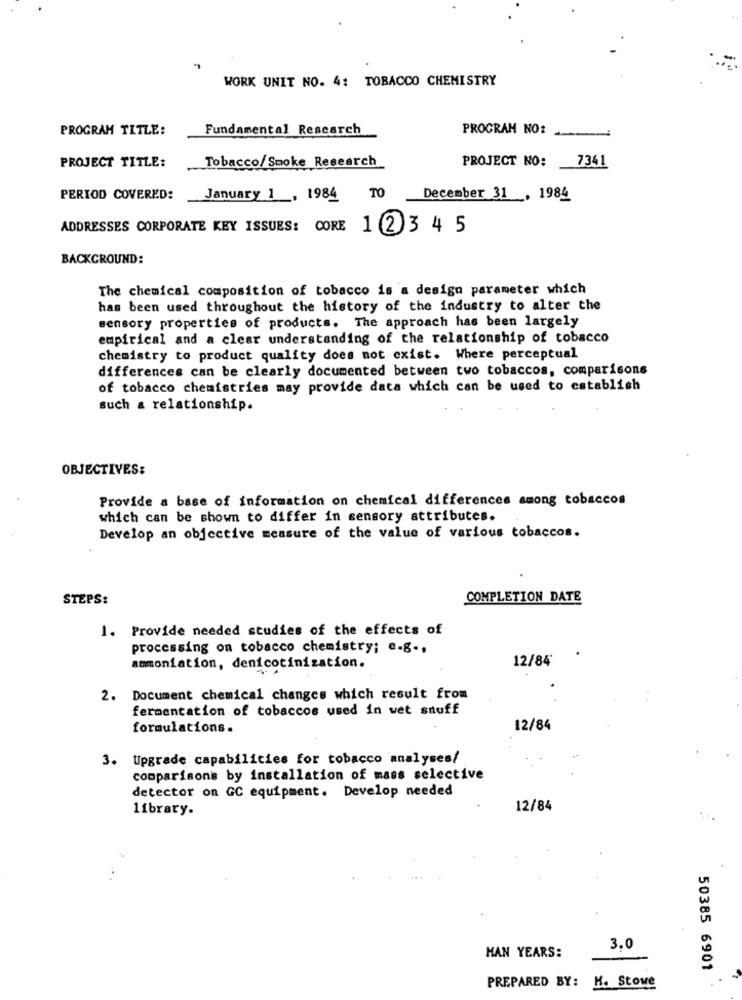
WORK UNIT NO. 4: TOBACCO CHEMISTRY
PROGRAM TITLE:
Fundamental Research
PROGRAM NO:
--
Tobacco/Smoke Research
PROJECT NO:
7341
PROJECT TITLE:
PERIOD COVERED:
January 1 , 1984
TO
December 31 , 1984
ADDRESSES CORPORATE KEY ISSUES: CORE 1 2 3 4 5
BACKGROUND:
The chemical composition of tobacco is a design parameter which
has been used throughout the history of the industry to alter the
sensory properties of products. The approach has been largely
empirical and a clear understanding of the relationship of tobacco
chemistry to product quality does not exist. Where perceptual
differences can be clearly documented between two tobaccos, comparisons
of tobacco chemistries may provide data which can be used to establish
such a relationship.
OBJECTIVES:
Provide a base of information on chemical differences among tobaccos
which can be shown to differ in sensory attributes.
Develop an objective measure of the value of various tobaccos.
STEPS:
COMPLETION DATE
1. Provide needed studies of the effects of
processing on tobacco chemistry; e.g ..
12/84
ammoniation, denicotinization.
2.
Document chemical changes which result from
fermentation of tobaccos used in wet snuff
formulations.
12/84
3. Upgrade capabilities for tobacco analyses/
comparisons by installation of mass selective
detector on GC equipment. Develop needed
library.
12/84
3.0
HAN YEARS:
50385 6901
PREPARED BY: H. Stowe